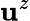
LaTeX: \mathbf{u}^{z}